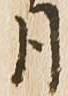
月